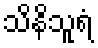
သိနိသူရံ